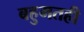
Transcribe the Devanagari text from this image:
बहुमतही